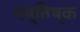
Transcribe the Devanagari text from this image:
मष्‍तिष्‍क